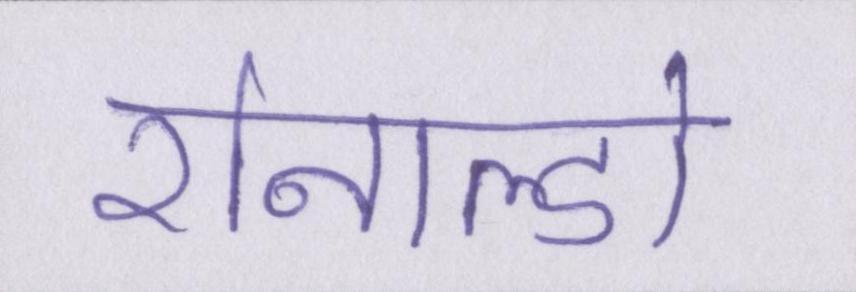
रोनाल्डो